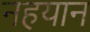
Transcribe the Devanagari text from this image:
नहयान